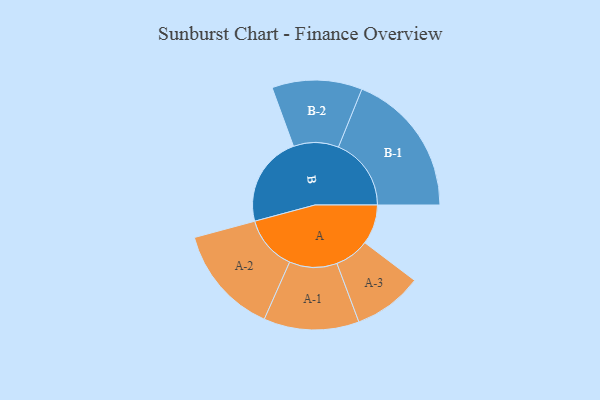
{"axis": {"x": "Segment", "y": "Value"}, "legend": ["", "A", "B"], "data": [{"x": "A", "y": 155, "type": ""}, {"x": "B", "y": 355, "type": ""}, {"x": "A-1", "y": 186, "type": "A"}, {"x": "A-2", "y": 213, "type": "A"}, {"x": "A-3", "y": 135, "type": "A"}, {"x": "B-1", "y": 284, "type": "B"}, {"x": "B-2", "y": 176, "type": "B"}]}